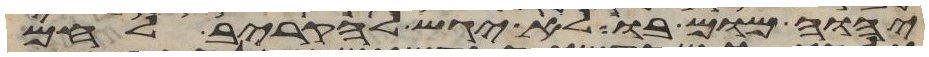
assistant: יהוה מום בו לא יגש להקריב לחם